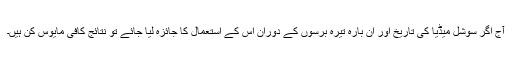
آج اگر سوشل میڈیا کی تاریخ اور ان بارہ تیرہ برسوں کے دوران اس کے استعمال کا جائزہ لیا جائے تو نتائج کافی مایوس کن ہیں۔